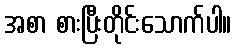
အစာ စားပြီးတိုင်းသောက်ပါ။